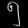
Digit: ၅